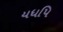
યધપિ